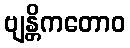
ဗျန္တိကတောဝ